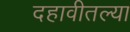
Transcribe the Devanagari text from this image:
दहावीतल्या